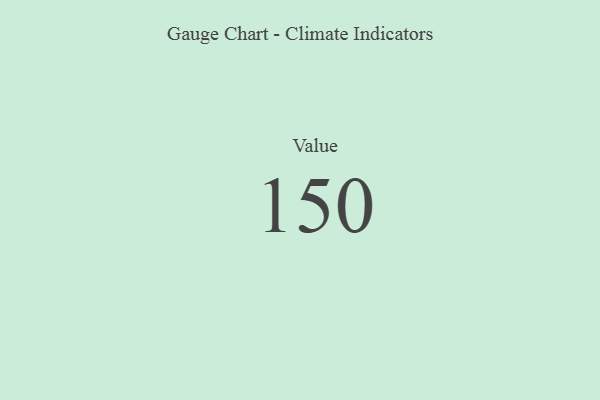
{"axis": {"x": "Metric", "y": "Value"}, "legend": [""], "data": [{"x": "Value", "y": 150, "type": ""}]}